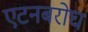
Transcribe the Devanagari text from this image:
एटनबरोघ